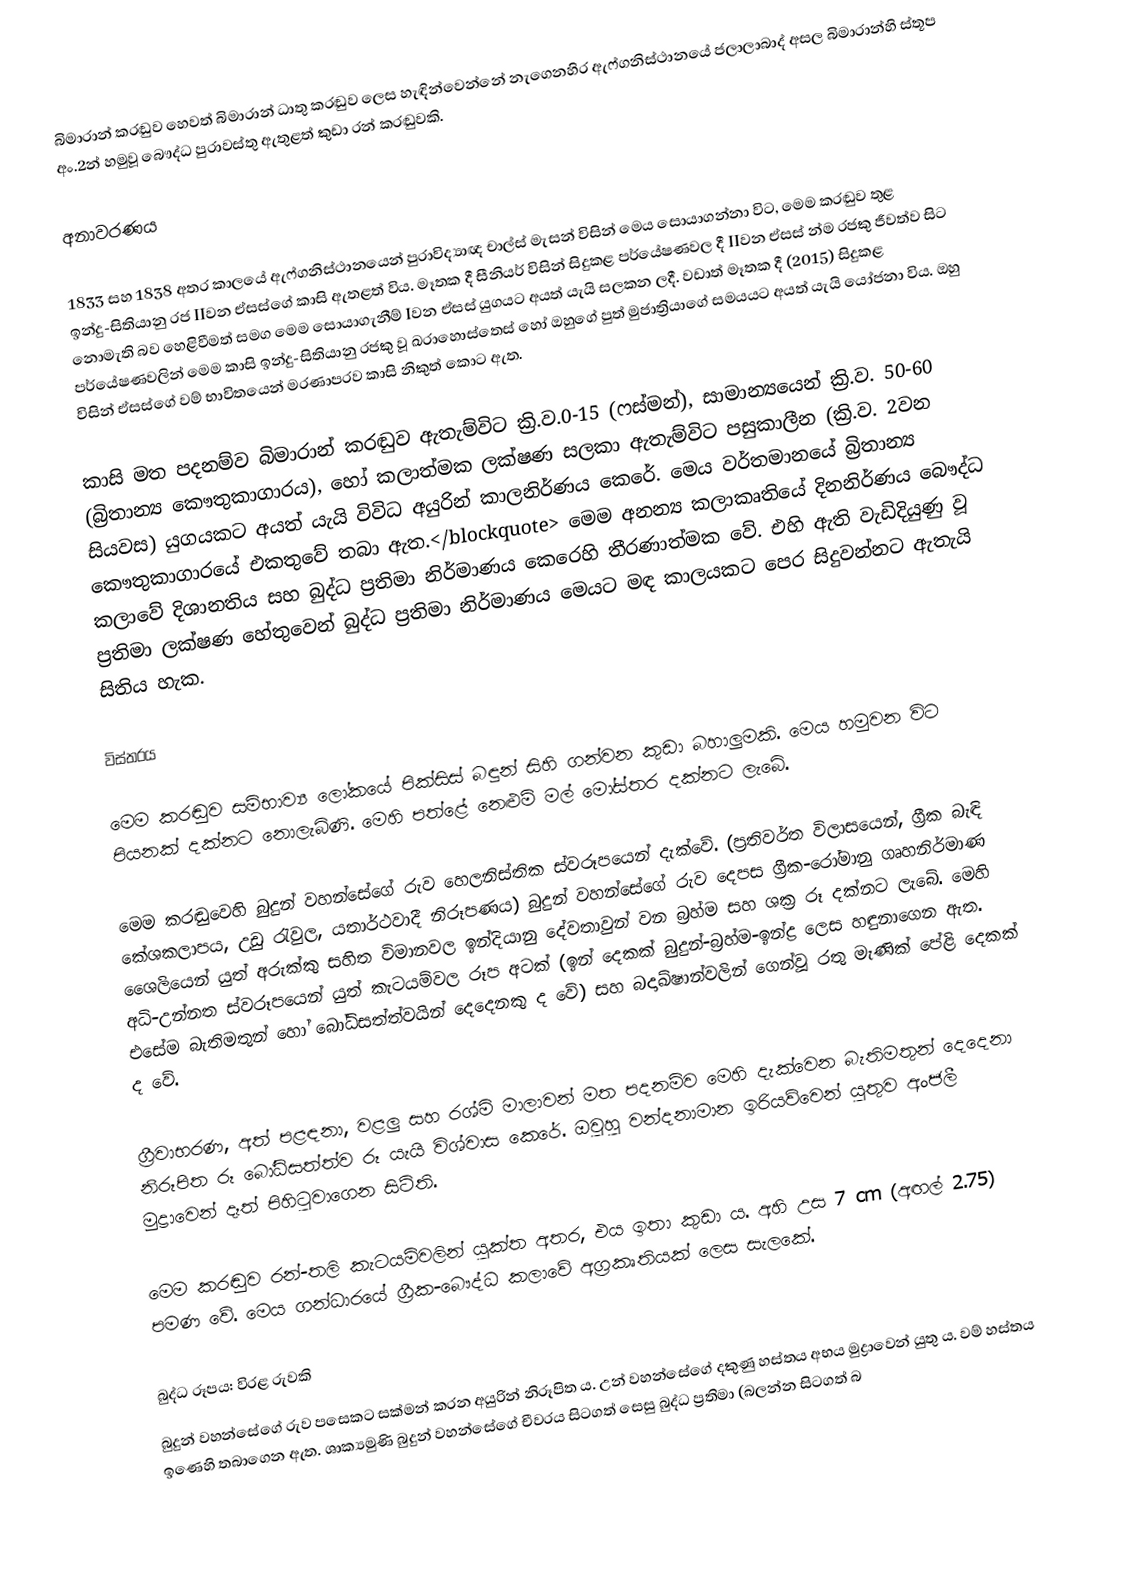
බිමාරාන් කරඬුව හෙවත් බිමාරාන් ධාතු කරඬුව ලෙස හැඳින්වෙන්නේ නැගෙනහිර ඇෆ්ගනිස්ථානයේ ජලාලාබාද් අසල බිමාරාන්හි ස්තූප අං.2න් හමුවූ බෞද්ධ පුරාවස්තු ඇතුළත් කුඩා රන් කරඬුවකි.

අනාවරණය

1833 සහ 1838 අතර කාලයේ ඇෆ්ගනිස්ථානයෙන් පුරාවිද්‍යාඥ චාල්ස් මැසන් විසින් මෙය සොයාගන්නා විට,‍ මෙම කරඬුව තුළ ඉන්දු-සිතියානු රජ IIවන ඒසස්ගේ කාසි ඇතළත් විය. මෑතක දී සීනියර් විසින් සිදුකළ පර්යේෂණවල දී IIවන ඒසස් න්ම රජකු ජීවත්ව සිට නොමැති බව හෙළිවීමත් සමග මෙම සොයාගැනීම් Iවන ඒසස් යුගයට අයත් යැයි සලකන ලදී. වඩාත් මෑතක දී (2015) සිදුකළ පර්යේෂණවලින් මෙම කාසි ඉන්දු-සිතියානු රජකු වූ ඛරාහොස්තෙස් හෝ ඔහුගේ පුත් මුජාත්‍රියාගේ සමයයට අයත් යැයි ‍යෝජනා විය. ඔහු විසින් ඒසස්ගේ වම් භාවිතයෙන් මරණාපරව කාසි නිකුත් කොට ඇත.

කාසි මත පදනම්ව බිමාරාන් කරඬුව ඇතැම්විට ක්‍රි.ව.0-15 (ෆස්මන්), සාමාන්‍යයෙන් ක්‍රි.ව. 50-60 (බ්‍රිතාන්‍ය කෞතුකාගාරය), හෝ කලාත්මක ලක්ෂණ සලකා ඇතැම්විට පසුකාලීන (ක්‍රි.ව. 2වන සියවස) යුගයකට අයත් යැයි විවිධ අයුරින් කාලනිර්ණය කෙරේ. මෙය වර්තමානයේ බ්‍රිතාන්‍ය කෞතුකාගාරයේ එකතුවේ තබා ඇත.</blockquote> මෙම අනන්‍ය කලාකෘතියේ දිනනිර්ණය බෞද්ධ කලාවේ දිශානතිය සහ බුද්ධ ප්‍රතිමා නිර්මාණය කෙරෙහි තීරණාත්මක වේ. එහි ඇති වැඩිදියුණු වූ ප්‍රතිමා ලක්ෂණ හේතුවෙන් බුද්ධ ප්‍රතිමා නිර්මාණය මෙයට මඳ කාලයකට පෙර සිදුවන්නට ඇතැයි සිතිය හැක.

විස්තරය

මෙම කරඬුව සම්භාව්‍ය ලෝකයේ පික්සිස් බඳුන් සිහි ගන්වන කුඩා බහාලුමකි. මෙය හමුවන විට පියනක් දක්නට නොලැබිණි. මෙහි පත්ළේ නෙළුම් මල් මෝස්තර දක්නට ලැබේ.

මෙම කරඬුවෙහි බුදුන් වහන්සේගේ රුව හෙලනිස්තික ස්වරූපයෙන් දැක්වේ. (ප්‍රතිවර්ත විලාසයෙන්, ග්‍රීක බැඳි කේශකලාපය, උඩු රැවුල, යතාර්ථවාදී නිරූපණය) බුදුන් වහන්සේගේ රුව දෙපස ග්‍රීක-රෝමානු ගෘහනිර්මාණ ශෛලියෙන් යුත් අරුක්කු සහිත විමානවල ඉන්දියානු දේවතාවුන් වන බ්‍රහ්ම සහ ශක්‍ර රූ දක්නට ලැබේ. මෙහි අධි-උන්නත ස්වරූපයෙන් යුත් කැටයම්වල රූප අටක් (ඉන් දෙකක් බුදුන්-බ්‍රහ්ම-ඉන්ද්‍ර ලෙස හඳුනාගෙන ඇත. එසේම බැතිමතුන් හෝ බෝධිසත්ත්වයින් දෙදෙනකු ද වේ) සහ බදාඛ්ෂාන්වලින් ගෙන්වූ රතු මැණික් පේළි දෙකක් ද වේ.

ග්‍රීවාභරණ, අත් පළඳනා, වළලු සහ රශ්මි මාලාවන් මත පදනම්ව මෙහි දැක්වෙන බැතිමතුන් දෙදෙනා නිරූපිත රූ බෝධිසත්ත්ව රූ යැයි විශ්වාස කෙරේ. ඔවුහු වන්දනාමාන ඉරියව්වෙන් යුතුව අංජලී මුද්‍රාවෙන් දෑත් පිහිටුවාගෙන සිටිති.

මෙම කරඬුව රන්-තලි කැටයම්වලින් යුක්ත අතර, එය ඉතා කුඩා ය. අහි උස 7 cm (අඟල් 2.75) පමණ වේ. මෙය ගන්ධාරයේ ග්‍රීක-බෞද්ධ කලාවේ අග්‍රකෘතියක් ලෙස සැලකේ.

බුද්ධ රූපය: විරළ රුවකි
බුදුන් වහන්සේගේ රුව පසෙකට සක්මන් කරන අයුරින් නිරූපිත ය. උන් වහන්සේගේ දකුණු හස්තය අභය මුද්‍රාවෙන් යුතු ය. වම් හස්තය ඉණෙහි තබාගෙන ඇත. ශාක්‍යමුණි බුදුන් වහන්සේගේ චීවරය සිටගත් සෙසු බුද්ධ ප්‍රතිමා (බලන්න සිටගත් බ